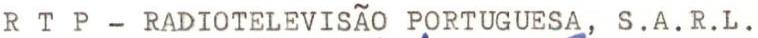
RTP - RADIOTELEVISÃO PORTUGUESA, S.A.R.L.